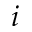
i